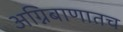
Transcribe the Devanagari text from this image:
अग्निबाणातच